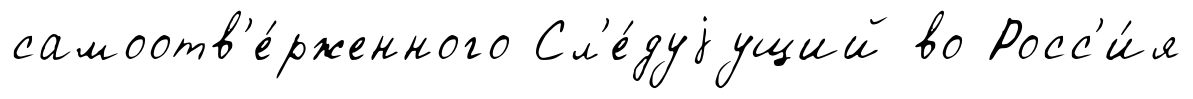
самоотв'е́рженного Сл'е́дуjущий во Росс'и́я